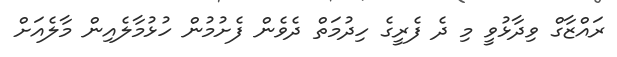
ރައްޒާގް ވިދާޅުވީ މި ދެ ފެރީގެ ހިދުމަތް ދެވެން ފެށުމުން ހުޅުމާލެއިން މާލެއަށް